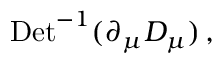
\mathrm { D e t } ^ { - 1 } ( \partial _ { \mu } D _ { \mu } ) \, ,